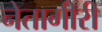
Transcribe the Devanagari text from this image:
नेतागीरी